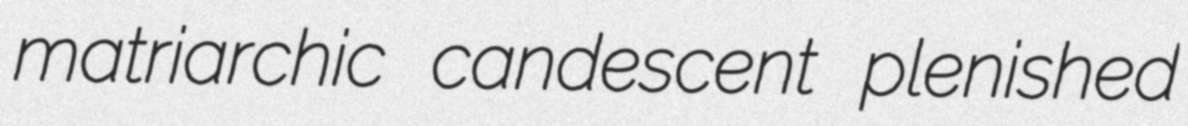
matriarchic candescent plenished